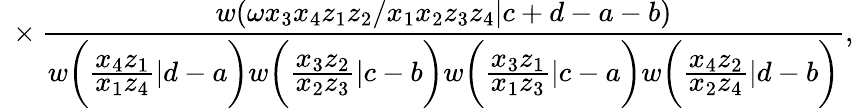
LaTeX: {}~\times\frac{w(\omega x_{3}x_{4}z_{1}z_{2}/x_{1}x_{2}z_{3}z_{4}|c+d-a-b)}{w\bigg(\frac{\displaystyle x_{4}z_{1}}{\displaystyle x_{1}z_{4}}|d-a\bigg)w\bigg(\frac{\displaystyle x_{3}z_{2}}{\displaystyle x_{2}z_{3}}|c-b\bigg)w\bigg(\frac{\displaystyle x_{3}z_{1}}{\displaystyle x_{1}z_{3}}|c-a\bigg)w\bigg(\frac{\displaystyle x_{4}z_{2}}{\displaystyle x_{2}z_{4}}|d-b\bigg)},